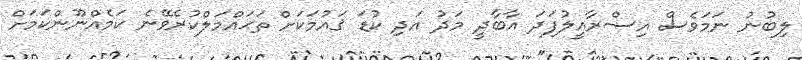
ލިބުނު ނަމަވެސް އިސްރާއީލުފަދަ އާބާދީ މަދު އަދި ކުޑަ ޤައުމަކަށް ތަޙައްމަލްކުރެވޭނެ ކަމެއްނޫންކަމަށް